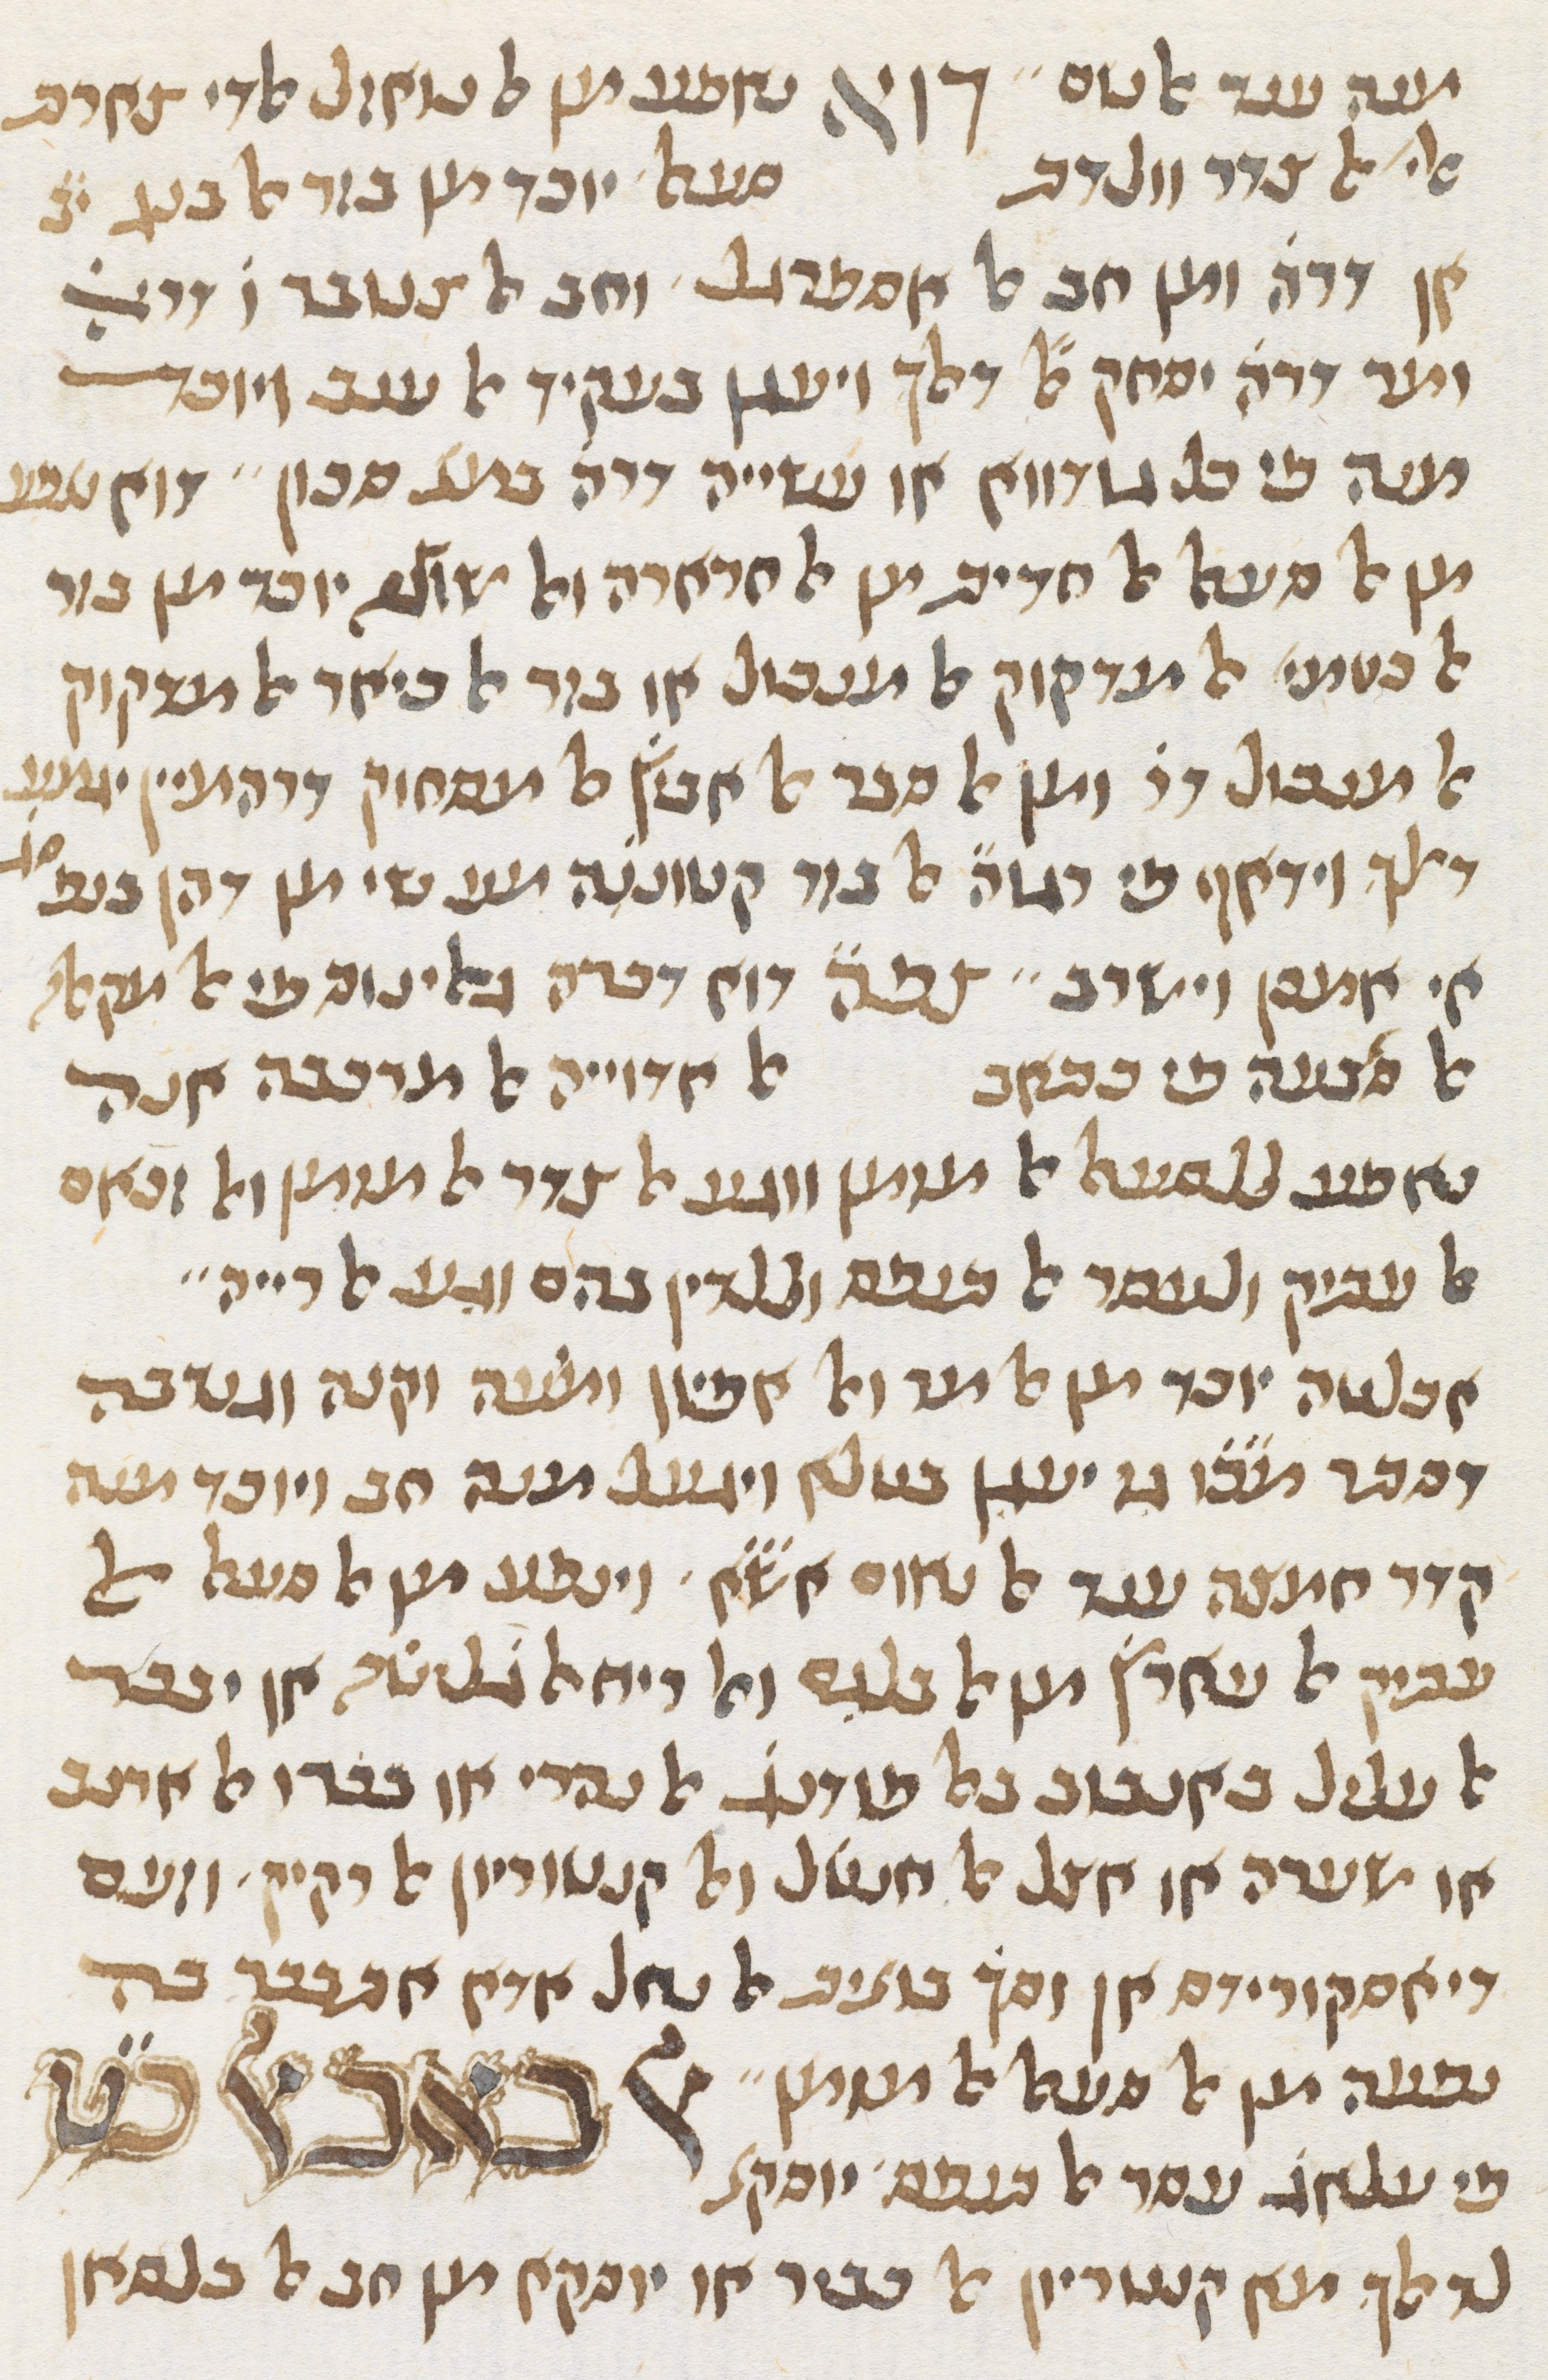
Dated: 1413–1413